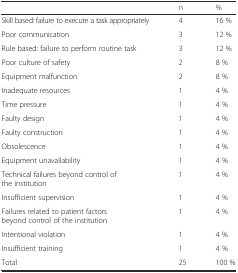
<table><thead><tr><td></td><td><b>n</b></td><td><b>%</b></td></tr></thead><tbody><tr><td>Skill based: failure to execute a task appropriately</td><td>4</td><td>16 %</td></tr><tr><td>Poor communication</td><td>3</td><td>12 %</td></tr><tr><td>Rule based: failure to perform routine task</td><td>3</td><td>12 %</td></tr><tr><td>Poor culture of safety</td><td>2</td><td>8 %</td></tr><tr><td>Equipment malfunction</td><td>2</td><td>8 %</td></tr><tr><td>Inadequate resources</td><td>1</td><td>4 %</td></tr><tr><td>Time pressure</td><td>1</td><td>4 %</td></tr><tr><td>Faulty design</td><td>1</td><td>4 %</td></tr><tr><td>Faulty construction</td><td>1</td><td>4 %</td></tr><tr><td>Obsolescence</td><td>1</td><td>4 %</td></tr><tr><td>Equipment unavailability</td><td>1</td><td>4 %</td></tr><tr><td>Technical failures beyond control of the institution</td><td>1</td><td>4 %</td></tr><tr><td>Insufficient supervision</td><td>1</td><td>4 %</td></tr><tr><td>Failures related to patient factors beyond control of the institution</td><td>1</td><td>4 %</td></tr><tr><td>Intentional violation</td><td>1</td><td>4 %</td></tr><tr><td>Insufficient training</td><td>1</td><td>4 %</td></tr><tr><td>Total</td><td>25</td><td>100 %</td></tr></tbody></table>